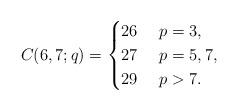
LaTeX: \begin{align*}C(6,7;q)=\begin{cases}26&\ p=3,\cr27&\ p=5,7,\cr29&\ p>7.\end{cases}\end{align*}